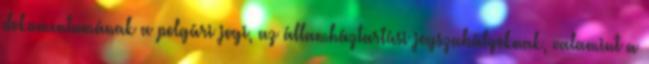
dokumentumának a polgári jogi, az államháztartási jogszabályoknak, valamint a